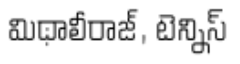
మిథాలీరాజ్, టెన్నిస్